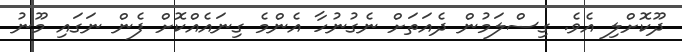
ދޫކޮށްލި އެވެ. ގިސްލަމުން ދެއަތަށް ނެގުނުހާ އެންމެ ގިނައެއްކޮށް ފެން ނަގައި މޫނު